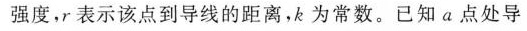
强度，r表示该点到导线的距离，为常数。已知a点处导